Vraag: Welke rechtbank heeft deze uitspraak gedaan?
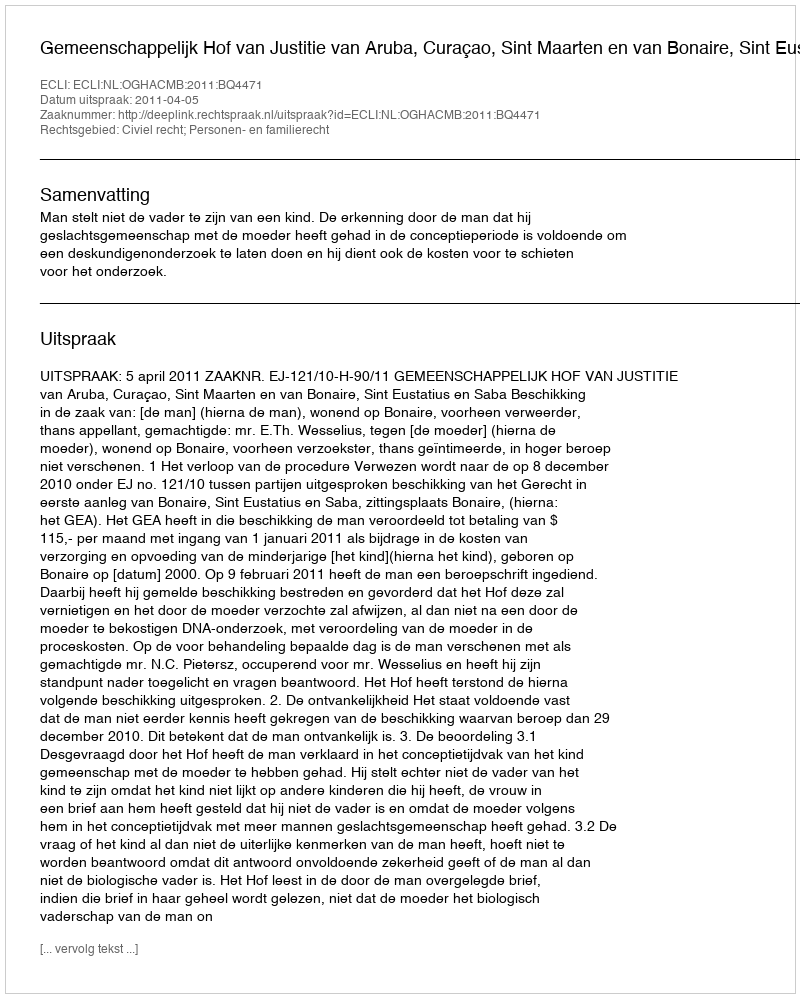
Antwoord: Gemeenschappelijk Hof van Justitie van Aruba, Curaçao, Sint Maarten en van Bonaire, Sint Eustatius en Saba